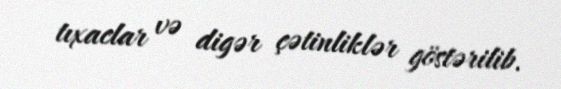
tıxaclar və digər çətinliklər göstərilib.